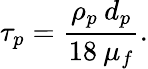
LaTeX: \tau_{p}=\frac{\rho_{p}\: d_{p}}{18\: \mu_{f}}.